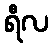
ရီလ